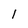
Character: 1